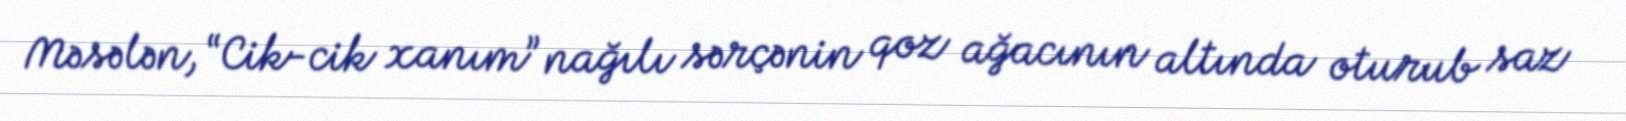
Məsələn, “Cik-cik xanım” nağılı sərçənin qoz ağacının altında oturub saz